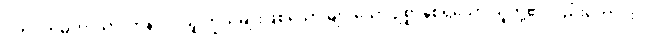
ဂဟပတိမဟာသာလာနံ ဝါ၊ သူကြွယ်မျိုးဖြစ်သော များသော ဥစ္စာနှစ်ရှိသော သူတို့၏လည်းကောင်း။